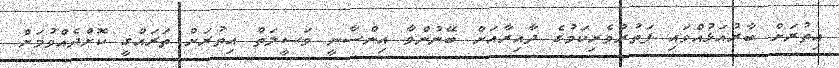
އިތުރަށް ބާރުއަޅުއްވައި ފަތުރުވެރިކަމުގެ ދާއިރާއަށް ބޭނުންވާ އިންސާނީ ވަސީލަތް އިތުރަށް ތަރައްގީ ކޮށްދެއްވުމަށް